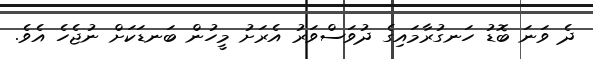
ދެ ވަނަ ބޮޑު ހަނގުރާމައިގެ ދުވަސްވަރު އެރަށު މީހުން ބަނޑަކަށް ނުޖެހެ އެވެ.